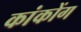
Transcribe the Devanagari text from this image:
कांकोंग